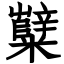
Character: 糱